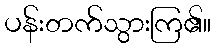
ပန်းတက်သွားကြ၏။